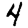
Digit: 4